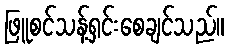
ဖြူစင်သန့်ရှင်းစေချင်သည်။